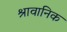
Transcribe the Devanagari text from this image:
श्रावानिक